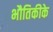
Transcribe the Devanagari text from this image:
भौतिकीके